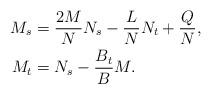
LaTeX: \begin{align*}M_s&=\frac{2M}{N}N_s-\frac{L}{N}N_t+\frac{Q}{N},\\M_t&=N_s-\frac{B_t}{B}M.\end{align*}